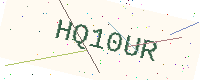
Text: HQ10UR